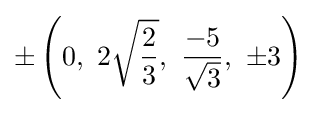
\pm \left(0,\ 2{\sqrt {\frac {2}{3}}},\ {\frac {-5}{\sqrt {3}}},\ \pm 3\right)